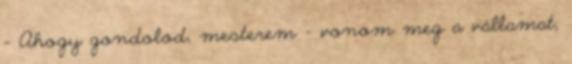
- Ahogy gondolod, mesterem – vonom meg a vállamat,